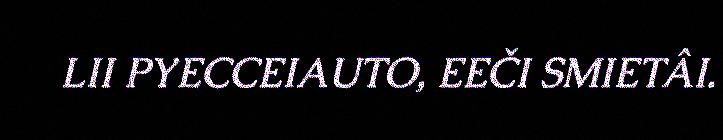
LII PYECCEIAUTO, EEČI SMIETÂI.